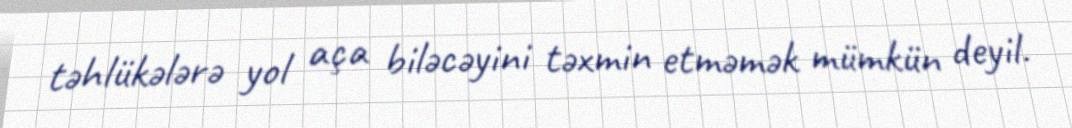
təhlükələrə yol aça biləcəyini təxmin etməmək mümkün deyil.